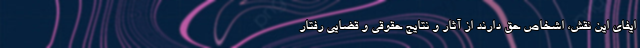
ایفای این نقش، اشخاص حق دارند از آثار و نتایج حقوقی و قضایی رفتار